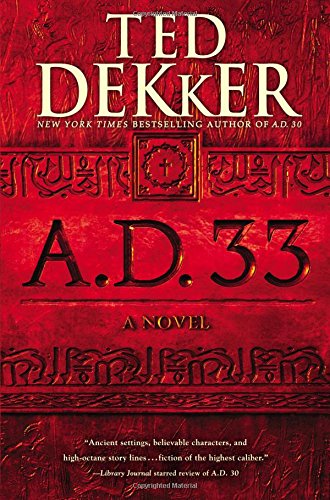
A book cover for A.D. 33: A Novel; Ted Dekker; Literature & Fiction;